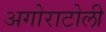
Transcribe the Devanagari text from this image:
अगोराटोली